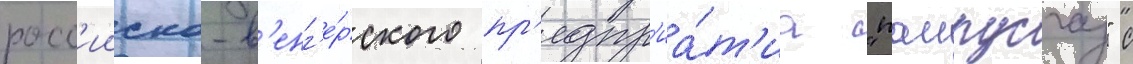
росс'ииско-в'енг'е́рского пр'едпр'иа́т'иа "панрусгаз" с